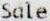
SALE